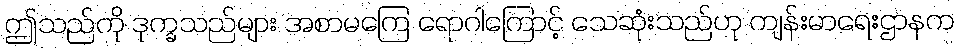
ဤသည်ကို ဒုက္ခသည်များ အစာမကြေ ရောဂါကြောင့် သေဆုံးသည်ဟု ကျန်းမာရေးဌာနက